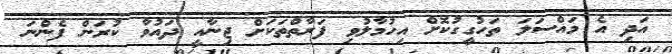
އަދި އެ މައްސަލަ ތަހުގީގުކޮށް އިހުމާލުވި ފަރާތްތަކަށް ޖިނާއީ ދައުވާ ކުރަން ފެންނަ